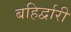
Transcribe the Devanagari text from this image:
बहिर्द्वारी